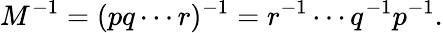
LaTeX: M^{-1}=(pq\cdots r)^{-1}=r^{-1}\cdots q^{-1}p^{-1}.